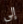
إلى